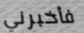
فأخبرني